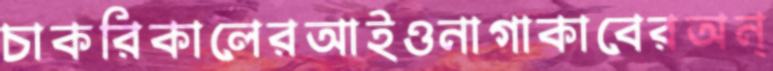
চাকরিকালেরআইওনাগাকাবেরঅন্